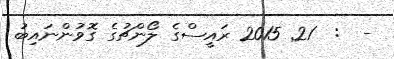
-  :  21